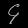
Digit: ၄